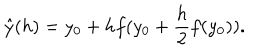
LaTeX: \hat { y } ( h ) = y _ { 0 } + h f ( y _ { 0 } + \frac { h } { 2 } f ( y _ { 0 } ) ) .